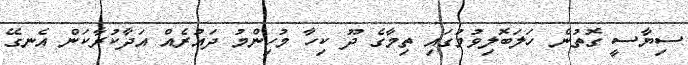
ސިޔާސީ ގޮތުން ހަލަބޮލިވުމުގައި ތިމާގެ ދޫ ކިހާ މުހިންމު ދައުރެއް އަދާކުރާކަން އެނގޭ